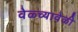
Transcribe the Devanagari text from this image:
वेळ्च्यावेळी